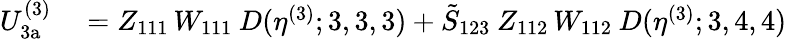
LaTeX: \begin{array}{rl}{U_{\mathrm{3a}}^{(3)}}&{{}=Z_{111}\, W_{111}\: D(\eta^{(3)};3,3,3)+\tilde{S}_{123}\: Z_{112}\, W_{112}\: D(\eta^{(3)};3,4,4)}\end{array}